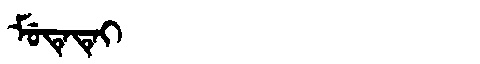
Manchu: ᠮᡠᡨᡝᡨᡝᡳ
Romanization: MUTETEI